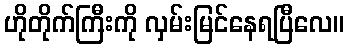
ဟိုတိုက်ကြီးကို လှမ်းမြင်နေရပြီလေ။